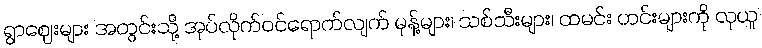
ရွာဈေးများ အတွင်းသို့ အုပ်လိုက်ဝင်ရောက်လျက် မုန့်များ၊ သစ်သီးများ၊ ထမင်း ဟင်းများကို လုယူ